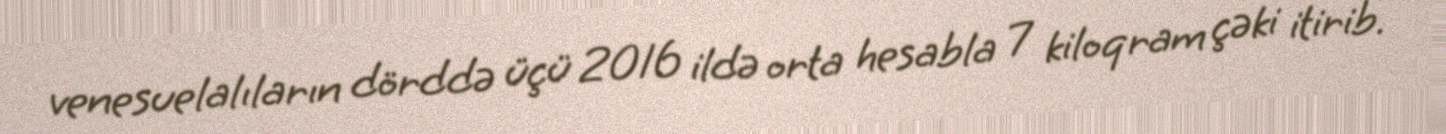
venesuelalıların dörddə üçü 2016 ildə orta hesabla 7 kiloqram çəki itirib.